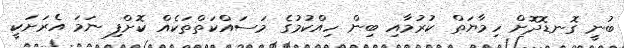
ބުނީ ގޮނޑޮދޮށް ހިމާޔަތް ކުރުމާއި ބިން ހިއްކުމުގެ މަސައްކަތްތަކެއް ކޮށްފި ނަމަ އެރަށަކީ